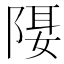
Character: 𨺿